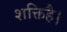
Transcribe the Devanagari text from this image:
शक्तिहै।